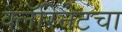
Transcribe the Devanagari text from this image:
क्लॅरिनेटचा